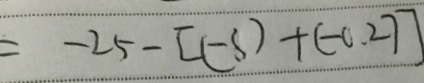
= - 2 5 - [ ( - 8 ) + ( - 0 . 2 ) ]